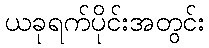
ယခုရက်ပိုင်းအတွင်း